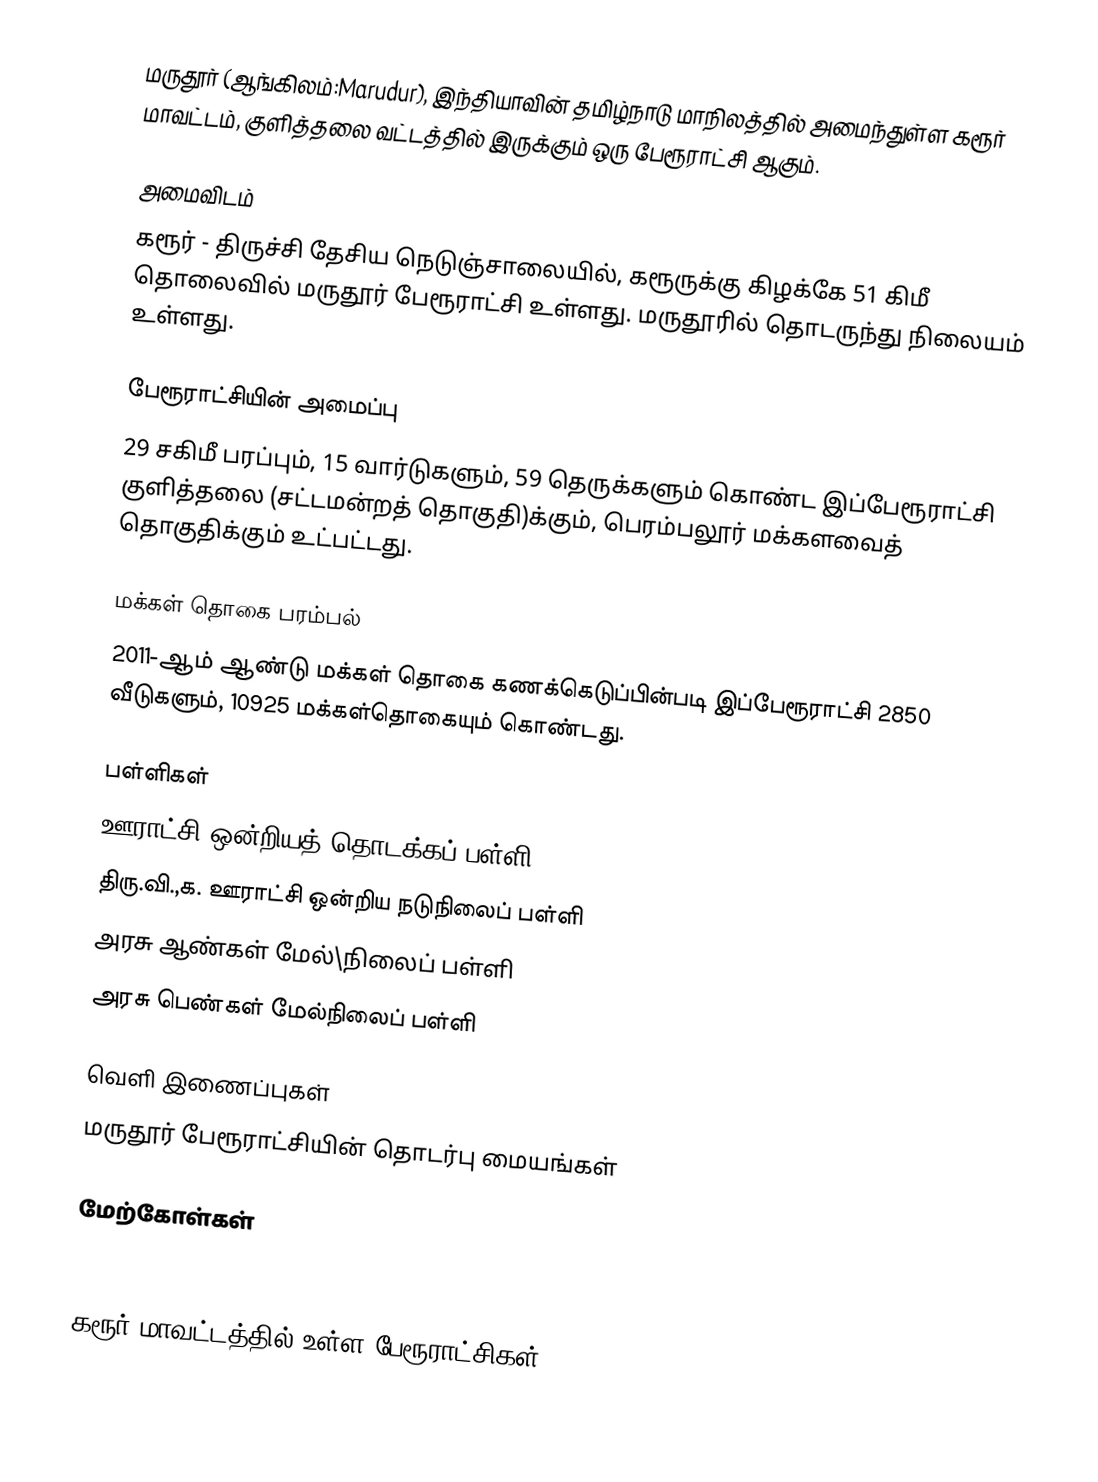
மருதூர் (ஆங்கிலம்:Marudur), இந்தியாவின் தமிழ்நாடு மாநிலத்தில் அமைந்துள்ள கரூர் மாவட்டம், குளித்தலை வட்டத்தில் இருக்கும் ஒரு பேரூராட்சி ஆகும்.

அமைவிடம்
கரூர் - திருச்சி தேசிய நெடுஞ்சாலையில், கரூருக்கு கிழக்கே  51 கிமீ தொலைவில் மருதூர் பேரூராட்சி உள்ளது. மருதூரில் தொடருந்து நிலையம் உள்ளது.

பேரூராட்சியின் அமைப்பு
29 சகிமீ பரப்பும், 15 வார்டுகளும்,  59  தெருக்களும் கொண்ட இப்பேரூராட்சி  குளித்தலை (சட்டமன்றத் தொகுதி)க்கும், பெரம்பலூர் மக்களவைத் தொகுதிக்கும் உட்பட்டது.

மக்கள் தொகை பரம்பல்
2011-ஆம் ஆண்டு மக்கள் தொகை கணக்கெடுப்பின்படி  இப்பேரூராட்சி  2850   வீடுகளும், 10925  மக்கள்தொகையும் கொண்டது.

பள்ளிகள்
ஊராட்சி ஒன்றியத் தொடக்கப் பள்ளி
திரு.வி.,க. ஊராட்சி ஒன்றிய நடுநிலைப் பள்ளி
அரசு ஆண்கள் மேல்\நிலைப் பள்ளி
அரசு பெண்கள் மேல்நிலைப் பள்ளி

வெளி இணைப்புகள்
 மருதூர் பேரூராட்சியின் தொடர்பு மையங்கள்

மேற்கோள்கள்

கரூர் மாவட்டத்தில் உள்ள பேரூராட்சிகள்